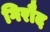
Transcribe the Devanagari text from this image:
गिरौद